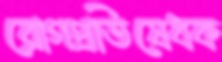
রোগপ্রতিষেধক